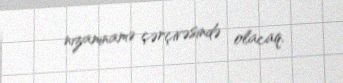
nizamnamə çərçivəsində olacaq.